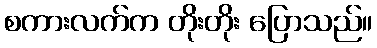
စကားလက်က တိုးတိုး ပြောသည်။